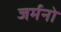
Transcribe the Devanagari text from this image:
जर्मनो